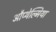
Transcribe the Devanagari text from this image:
औप्थेल्मिया